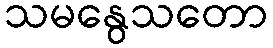
သမနွေသတော